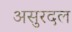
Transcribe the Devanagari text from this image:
असुरदल